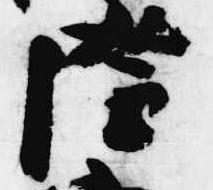
隆